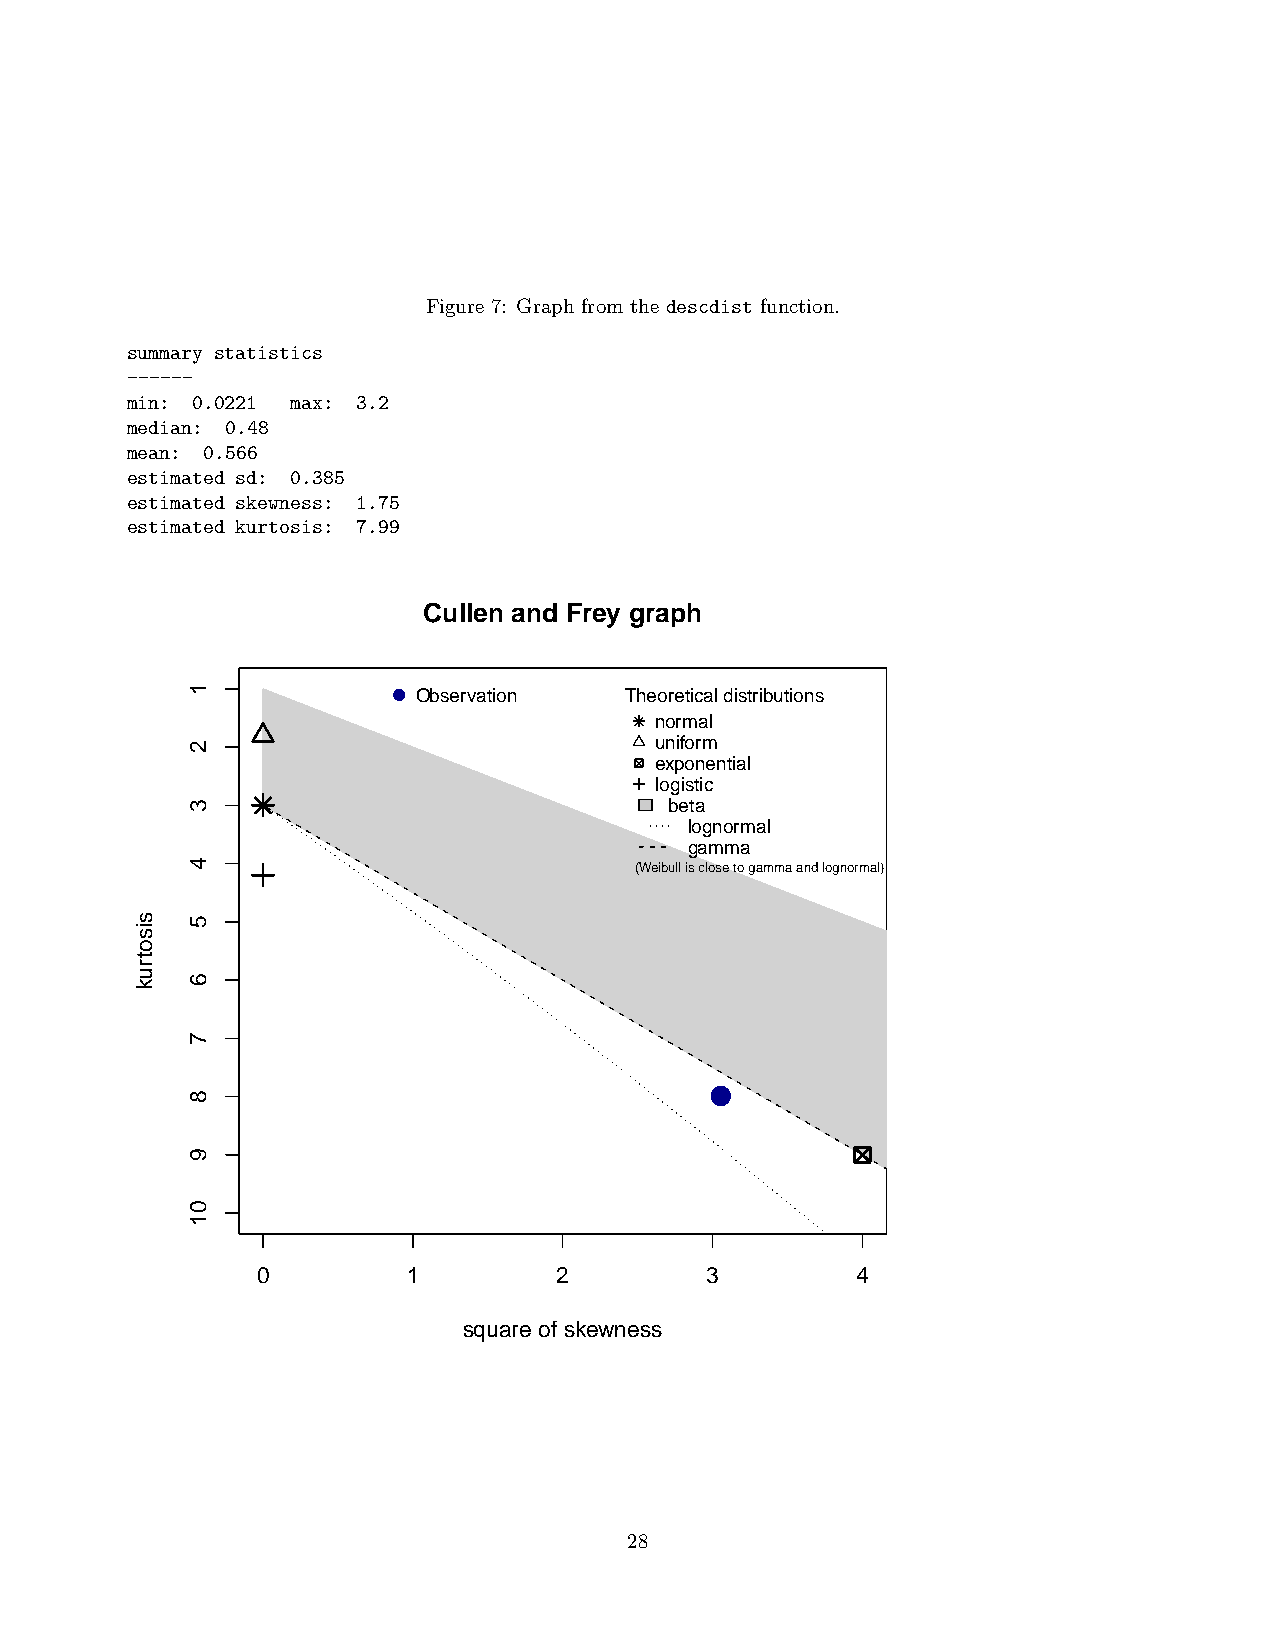
Figure 7: Graph from the descdist function.
 summary statistics
 ------
 min: 0.0221 max: 3.2
 median: 0.48
 mean: 0.566
 estimated sd: 0.385
 estimated skewness: 1.75
 estimated kurtosis: 7.99
 Cullen and Frey graph
 Observation  Theoretical distributions
 normal
 uniform
 exponential
 logistic
 beta
 lognormal
 gamma
 (Weibull is close to gamma and lognormal)
 0         1         2         3         4
 square of skewness
 28
 sisotruk
 1
 2
 3
 4
 5
 6
 7
 8
 9
 01